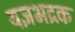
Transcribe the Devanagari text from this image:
यज्ञभद्रक